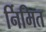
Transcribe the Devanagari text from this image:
र्निमित